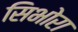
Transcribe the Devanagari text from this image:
सिभोरा